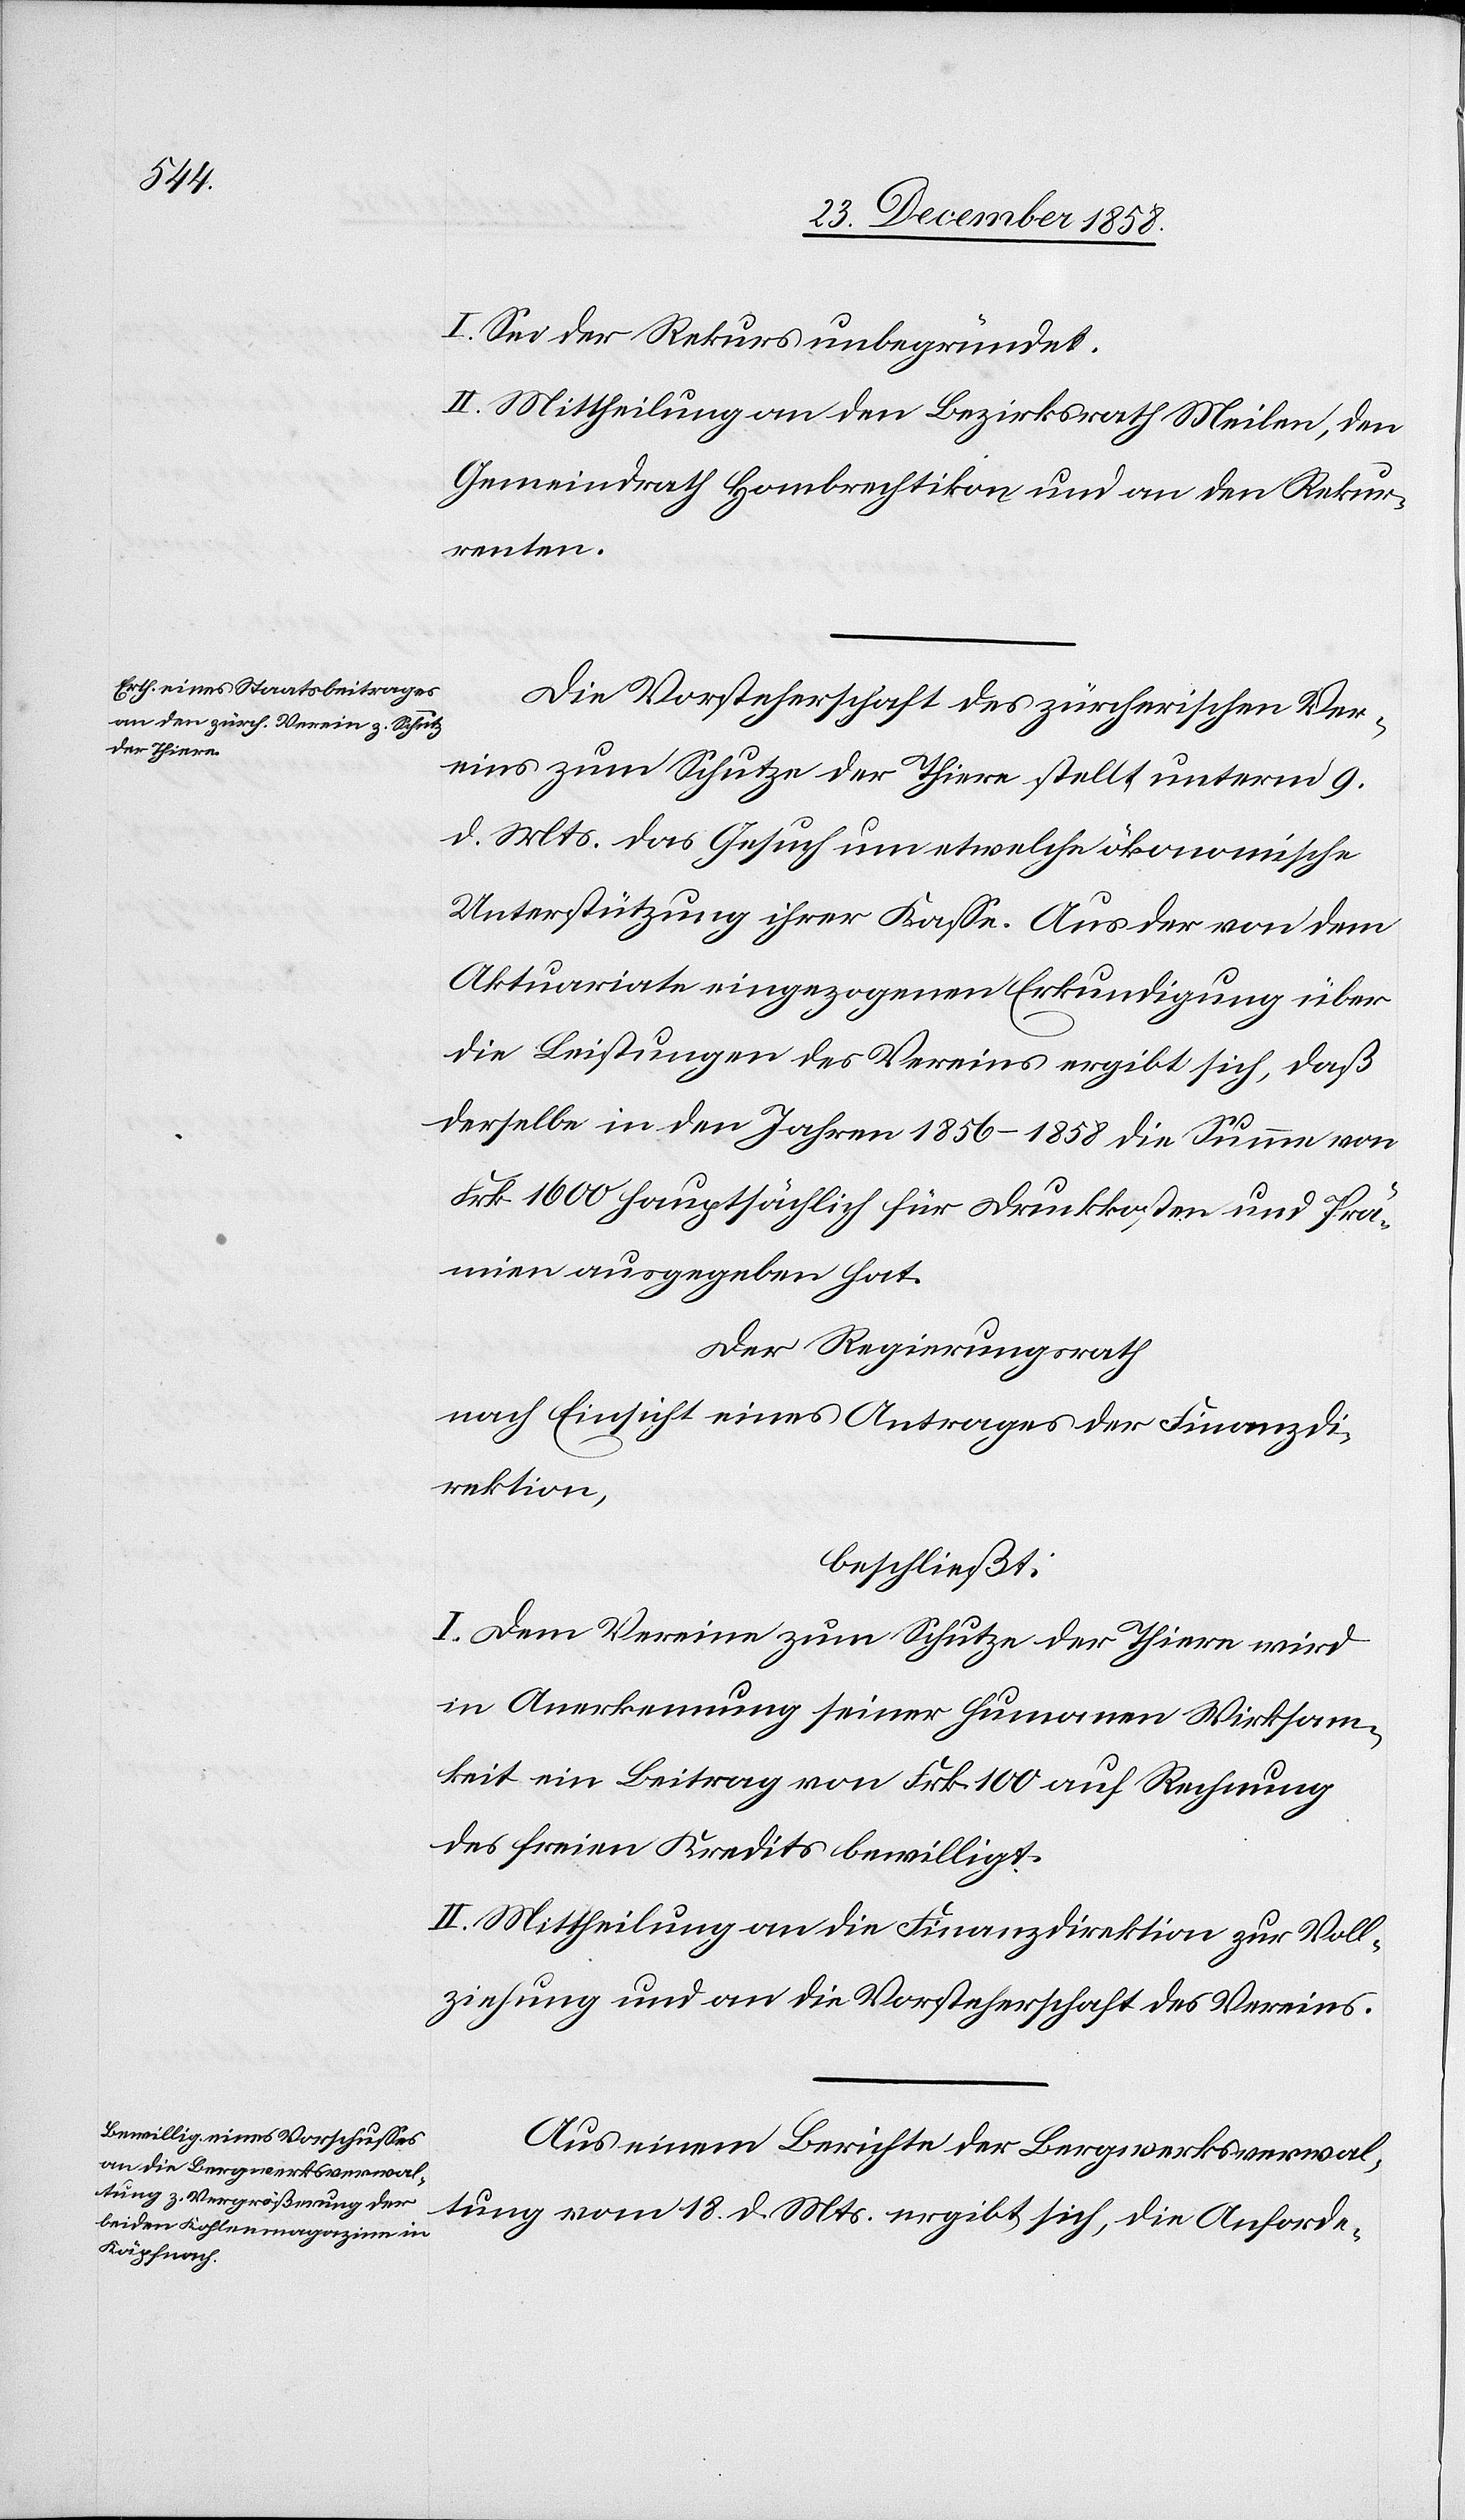
dieser nicht

nach Einsicht eines Antrages der Direktion